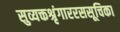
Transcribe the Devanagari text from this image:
सुव्यक्तश्रृंगाररससूचिका